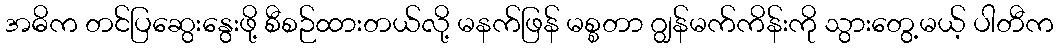
အဓိက တင်ပြဆွေးနွေးဖို့ စီစဉ်ထားတယ်လို့ မနက်ဖြန် မစ္စတာ ဂျွန်မက်ကိန်းကို သွားတွေ့မယ့် ပါတီက